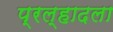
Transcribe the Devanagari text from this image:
प्रल्हादला